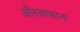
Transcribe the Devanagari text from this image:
औरजापान